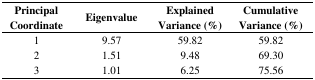
<table><thead><tr><td><b>Principal Coordinate</b></td><td><b>Eigenvalue</b></td><td><b>Explained Variance (%)</b></td><td><b>Cumulative Variance (%)</b></td></tr></thead><tbody><tr><td>1</td><td>9.57</td><td>59.82</td><td>59.82</td></tr><tr><td>2</td><td>1.51</td><td>9.48</td><td>69.30</td></tr><tr><td>3</td><td>1.01</td><td>6.25</td><td>75.56</td></tr></tbody></table>